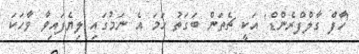
'ހާފް ގާލްފްރެންޑް' އަކީ ޗެތަން ބަގަތު ހަމަ އެ ނަމުގައި ލިޔެފައިވާ ވާހަކަ